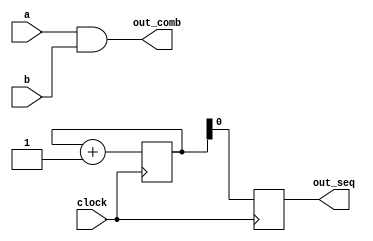
module behavioral_modeling (
    input wire a,          // Input signal a
    input wire b,          // Input signal b
    input wire clock,      // Clock signal
    output reg out_comb,   // Output for combinational logic
    output reg out_seq     // Output for sequential logic
);

// Combinational Logic using always @*
always @* begin
    // Example: simple combinational logic operation (AND)
    out_comb = a & b;     // Output will reflect the AND of a and b
end

// Sequential Logic using always @(posedge clock)
reg [3:0] state; // 4-bit register to hold state information

always @(posedge clock) begin
    // Example: simple counter
    state <= state + 1; // Increment state on every clock edge
    out_seq <= state[0]; // Output the least significant bit of the state
end

endmodule